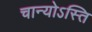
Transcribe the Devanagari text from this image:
चान्योऽस्ति